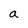
Character: a